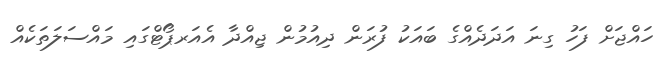
ހައްޖަށް ފަހު ގިނަ އަދަދެއްގެ ބައަކު ފުރަން ދިއުމުން ޖިއްދާ އެއަރޕޯޓްގައި މައްސަލަތަކެއް